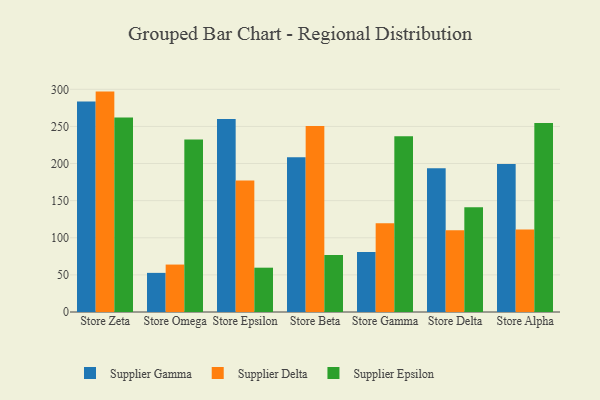
{"axis": {"x": "Store", "y": "Population (Million)"}, "legend": ["Supplier Delta", "Supplier Epsilon", "Supplier Gamma"], "data": [{"x": "Store Zeta", "y": 283.5, "type": "Supplier Gamma"}, {"x": "Store Zeta", "y": 296.9, "type": "Supplier Delta"}, {"x": "Store Zeta", "y": 261.9, "type": "Supplier Epsilon"}, {"x": "Store Omega", "y": 52.7, "type": "Supplier Gamma"}, {"x": "Store Omega", "y": 63.9, "type": "Supplier Delta"}, {"x": "Store Omega", "y": 232.4, "type": "Supplier Epsilon"}, {"x": "Store Epsilon", "y": 260.1, "type": "Supplier Gamma"}, {"x": "Store Epsilon", "y": 177.0, "type": "Supplier Delta"}, {"x": "Store Epsilon", "y": 59.7, "type": "Supplier Epsilon"}, {"x": "Store Beta", "y": 208.4, "type": "Supplier Gamma"}, {"x": "Store Beta", "y": 250.6, "type": "Supplier Delta"}, {"x": "Store Beta", "y": 76.7, "type": "Supplier Epsilon"}, {"x": "Store Gamma", "y": 80.7, "type": "Supplier Gamma"}, {"x": "Store Gamma", "y": 119.5, "type": "Supplier Delta"}, {"x": "Store Gamma", "y": 236.8, "type": "Supplier Epsilon"}, {"x": "Store Delta", "y": 193.6, "type": "Supplier Gamma"}, {"x": "Store Delta", "y": 110.0, "type": "Supplier Delta"}, {"x": "Store Delta", "y": 141.1, "type": "Supplier Epsilon"}, {"x": "Store Alpha", "y": 199.3, "type": "Supplier Gamma"}, {"x": "Store Alpha", "y": 111.1, "type": "Supplier Delta"}, {"x": "Store Alpha", "y": 254.7, "type": "Supplier Epsilon"}]}